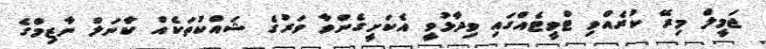
ޖަމީލް މިރޭ ކުރެއްވި ޓްވީޓެއްގައި ވިދާޅުވީ އެކަށީގެންވާ ވަރުގެ ޝައްކުތަކެއް ކާނަލް ނާޒިމްގެ